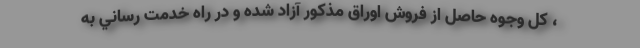
، كل وجوه حاصل از فروش اوراق مذكور آزاد شده و در راه خدمت رساني به